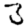
Digit: 3